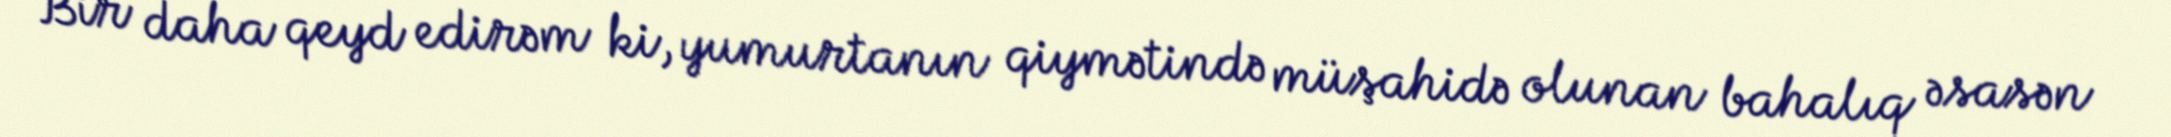
Bir daha qeyd edirəm ki, yumurtanın qiymətində müşahidə olunan bahalıq əsasən